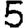
Digit: 5